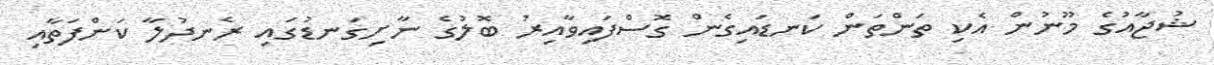
ޝުޖާއުގެ މޫނުން އެކި ތަންތަން ކަނޑައިގެން ގޮސްފައިވާއިރު ބޮލުގެ ނާށިގަނޑުގައި ރެނދުލާ ކަންފަތާއި